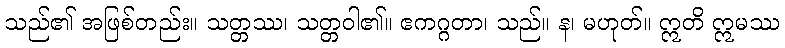
သည်၏ အဖြစ်တည်း။ သတ္တဿ၊ သတ္တဝါ၏။ ဧကဂ္ဂတာ၊ သည်။ န၊ မဟုတ်။ ဣတိ ဣမဿ